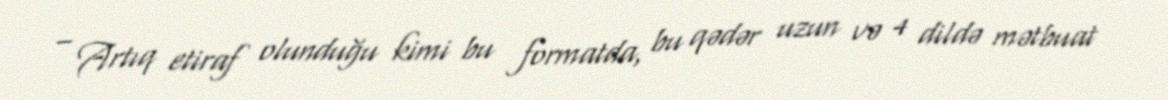
– Artıq etiraf olunduğu kimi bu formatda, bu qədər uzun və 4 dildə mətbuat